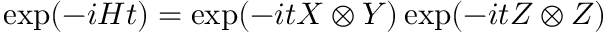
\exp ( - i H t ) = \exp ( - i t X \otimes Y ) \exp ( - i t Z \otimes Z )